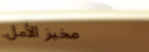
مخبز الأمل